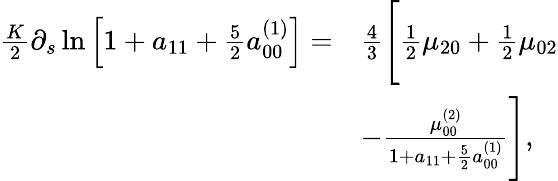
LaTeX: \begin{array}{rl}{\frac{K}{2}\partial_{s}\ln\left[1+a_{11}+\frac{5}{2}a_{00}^{(1)}\right]=}&{\frac{4}{3}\Bigg[\frac{1}{2}\mu_{20}+\frac{1}{2}\mu_{02}}\\ &{-\frac{\mu_{00}^{(2)}}{1+a_{11}+\frac{5}{2}a_{00}^{(1)}}\Bigg],}\end{array}